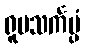
ရူပသင်္ကပ္ပံ